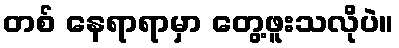
တစ် နေရာရာမှာ တွေ့ဖူးသလိုပဲ။